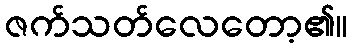
ဇက်သတ်လေတော့၏။